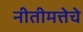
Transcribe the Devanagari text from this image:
नीतीमत्तेचे